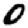
Digit: 0